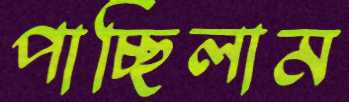
পাচ্ছিলাম